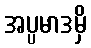
အပ္ပမာဒမှိ